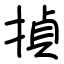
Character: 揁